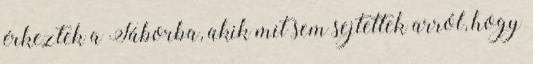
érkeztek a Táborba, akik mit sem sejtettek arról, hogy